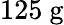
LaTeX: \mathrm{125~g}